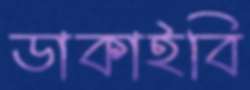
ডাকাইবি